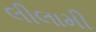
લીલામી